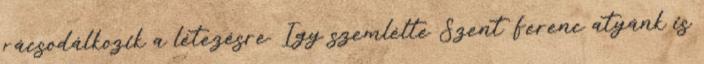
rácsodálkozik a létezésre. Így szemlélte Szent Ferenc atyánk is